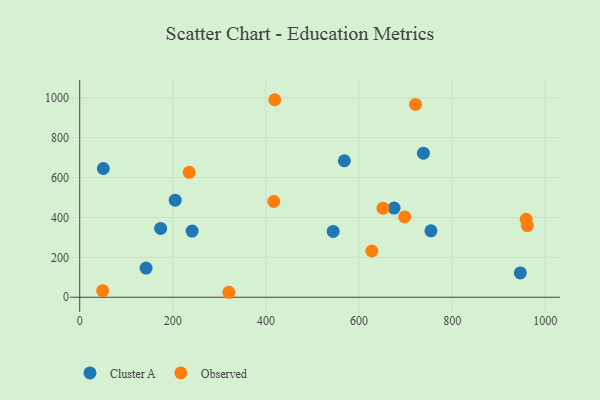
{"axis": {"x": "Investment", "y": "Exam Score"}, "legend": ["Cluster A", "Observed"], "data": [{"x": "50.7", "y": 645.4, "type": "Cluster A"}, {"x": "754.4", "y": 333.0, "type": "Cluster A"}, {"x": "544.4", "y": 330.2, "type": "Cluster A"}, {"x": "142.5", "y": 146.4, "type": "Cluster A"}, {"x": "205.1", "y": 486.7, "type": "Cluster A"}, {"x": "738.2", "y": 722.3, "type": "Cluster A"}, {"x": "946.4", "y": 121.8, "type": "Cluster A"}, {"x": "241.4", "y": 331.9, "type": "Cluster A"}, {"x": "568.4", "y": 684.3, "type": "Cluster A"}, {"x": "675.2", "y": 447.1, "type": "Cluster A"}, {"x": "173.8", "y": 345.1, "type": "Cluster A"}, {"x": "49.2", "y": 32.8, "type": "Observed"}, {"x": "416.7", "y": 479.9, "type": "Observed"}, {"x": "651.4", "y": 446.5, "type": "Observed"}, {"x": "418.8", "y": 990.2, "type": "Observed"}, {"x": "320.4", "y": 24.9, "type": "Observed"}, {"x": "721.2", "y": 966.5, "type": "Observed"}, {"x": "627.4", "y": 231.9, "type": "Observed"}, {"x": "961.5", "y": 359.1, "type": "Observed"}, {"x": "958.9", "y": 390.5, "type": "Observed"}, {"x": "697.8", "y": 402.6, "type": "Observed"}, {"x": "235.2", "y": 626.4, "type": "Observed"}]}